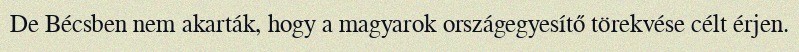
De Bécsben nem akarták, hogy a magyarok országegyesítő törekvése célt érjen.